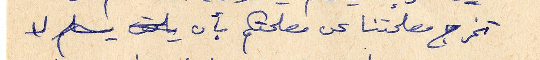
تخرج مصلحتنا عن مصلحتكم بأن يلحق يسلم لا